Vaccination in Bombay 1869-1873 - 1869-1873
Year: 1869
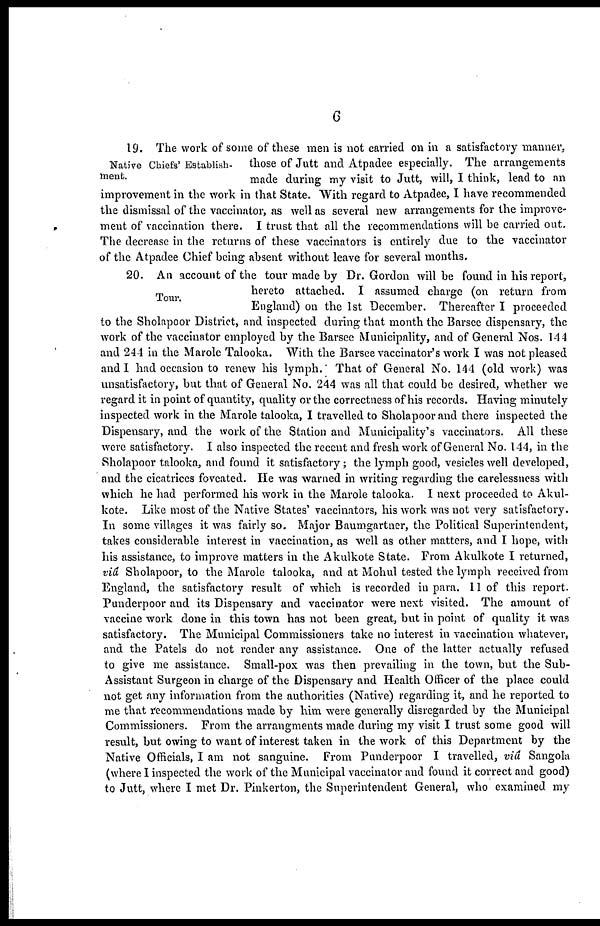
6
Native Chiefs' Establish-
ment.
19. The work of some of these men is not carried on in a satisfactory manner,
those of Jutt and Atpadee especially. The arrangements
made during my visit to Jutt, will, I think, lead to an
improvement in the work in that State. With regard to Atpadee, I have recommended
the dismissal of the vaccinator, as well as several new arrangements for the improve-
ment of vaccination there. I trust that all the recommendations will be carried out.
The decrease in the returns of these vaccinators is entirely due to the vaccinator
of the Atpadee Chief being absent without leave for several months.
Tour.
20. An account of the tour made by Dr. Gordon will be found in his report,
hereto attached. I assumed charge (on return from
England) on the 1st December. Thereafter I proceeded
to the Sholapoor District, and inspected during that month the Barsee dispensary, the
work of the vaccinator employed by the Barsee Municipality, and of General Nos. 144
and 244 in the Marole Talooka. With the Barsee vaccinator's work I was not pleased
and I had occasion to renew his lymph. That of General No. 144 (old work) was
unsatisfactory, but that of General No. 244 was all that could be desired, whether we
regard it in point of quantity, quality or the correctness of his records. Having minutely
inspected work in the Marole talooka, I travelled to Sholapoor and there inspected the
Dispensary, and the work of the Station and Municipality's vaccinators. All these
were satisfactory. I also inspected the recent and fresh work of General No. 144, in the
Sholapoor talooka, and found it satisfactory; the lymph good, vesicles well developed,
and the cicatrices foveated. He was warned in writing regarding the carelessness with
which he had performed his work in the Marole talooka. I next proceeded to Akul-
kote. Like most of the Native States' vaccinators, his work was not very satisfactory.
In some villages it was fairly so. Major Baumgartner, the Political Superintendent,
takes considerable interest in vaccination, as well as other matters, and I hope, with
his assistance, to improve matters in the Akulkote State. From Akulkote I returned,
viâ Sholapoor, to the Marole talooka, and at Mohul tested the lymph received from
England, the satisfactory result of which is recorded in para. 11 of this report.
Punderpoor and its Dispensary and vaccinator were next visited. The amount of
vaccine work done in this town has not been great, but in point of quality it was
satisfactory. The Municipal Commissioners take no interest in vaccination whatever,
and the Patels do not render any assistance. One of the latter actually refused
to give me assistance. Small-pox was then prevailing in the town, but the Sub-
Assistant Surgeon in charge of the Dispensary and Health Officer of the place could
not get any information from the authorities (Native) regarding it, and he reported to
me that recommendations made by him were generally disregarded by the Municipal
Commissioners. From the arrangments made during my visit I trust some good will
result, but owing to want of interest taken in the work of this Department by the
Native Officials, I am not sanguine. From Punderpoor I travelled, viâ Sangola
(where I inspected the work of the Municipal vaccinator and found it correct and good)
to Jutt, where I met Dr. Pinkerton, the Superintendent General, who examined my